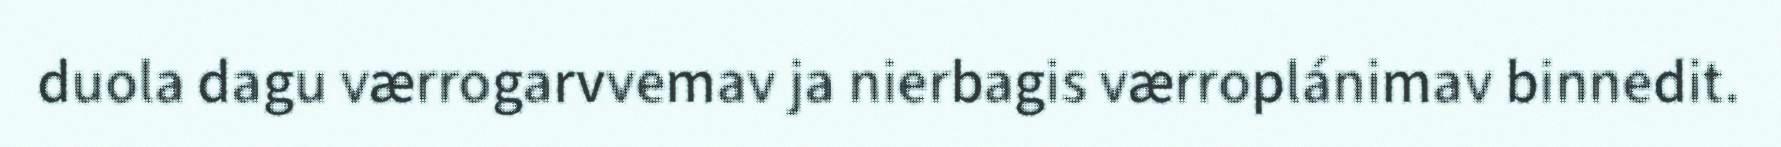
duola dagu værrogarvvemav ja nierbagis værroplánimav binnedit.